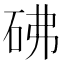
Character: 砩